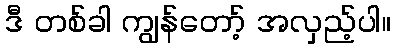
ဒီ တစ်ခါ ကျွန်တော့် အလှည့်ပါ။